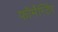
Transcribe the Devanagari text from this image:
फॉर्मेन्टिंग